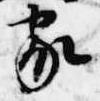
家